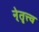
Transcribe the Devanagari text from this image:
ने्तॄत्त्व